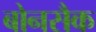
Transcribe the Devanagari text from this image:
बोनसैक